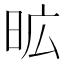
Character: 昿